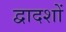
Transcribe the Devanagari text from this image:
द्वादशों